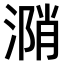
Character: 𣹝